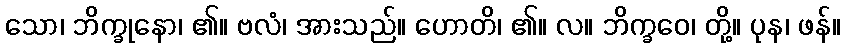
သော၊ ဘိက္ခုနော၊ ၏။ ဗလံ၊ အားသည်။ ဟောတိ၊ ၏။ လ။ ဘိက္ခဝေ၊ တို့။ ပုန၊ ဖန်။